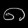
Digit: ၈